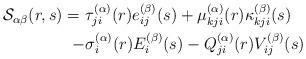
LaTeX: \begin{align*}\begin{aligned}\mathcal{S}_{\alpha\beta}(r,s)=\ & \tau_{ji}^{(\alpha)}(r)e_{ij}^{(\beta)}(s)+\mu_{kji}^{(\alpha)}(r)\kappa_{kji}^{(\beta)}(s)\\- & \sigma_{i}^{(\alpha)}(r)E_{i}^{(\beta)}(s)-Q_{ji}^{(\alpha)}(r)V_{ij}^{(\beta)}(s)\end{aligned}\end{align*}